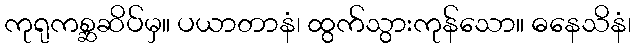
ကုရုကစ္ဆဆိပ်မှ။ ပယာတာနံ၊ ထွက်သွားကုန်သော။ ဓနေသိနံ၊